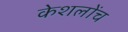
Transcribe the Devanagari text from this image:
केशलोंच